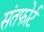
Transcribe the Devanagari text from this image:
संतफोर्ट